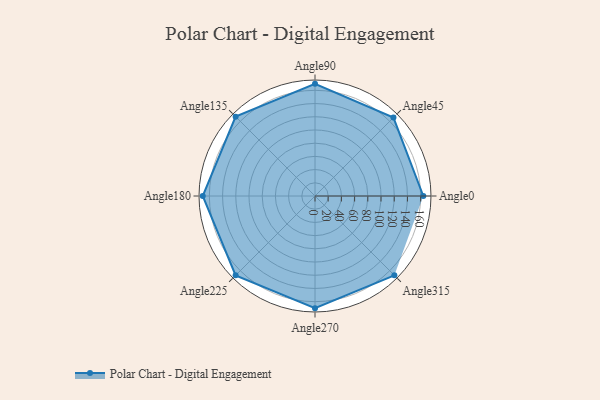
{"axis": {"x": "Angle", "y": "Radius"}, "legend": [""], "data": [{"x": "Angle0", "y": 164.0, "type": ""}, {"x": "Angle45", "y": 168.0, "type": ""}, {"x": "Angle90", "y": 170, "type": ""}, {"x": "Angle135", "y": 170, "type": ""}, {"x": "Angle180", "y": 170, "type": ""}, {"x": "Angle225", "y": 170, "type": ""}, {"x": "Angle270", "y": 170, "type": ""}, {"x": "Angle315", "y": 170, "type": ""}]}